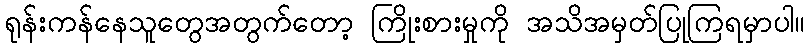
ရုန်းကန်နေသူတွေအတွက်တော့ ကြိုးစားမှုကို အသိအမှတ်ပြုကြရမှာပါ။